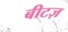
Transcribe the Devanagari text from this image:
बीटज़